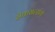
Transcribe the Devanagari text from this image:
सेवासत्संग